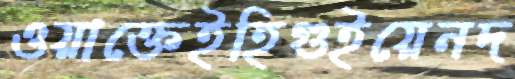
ওয়াক্তেইহিগুইয়েনদ